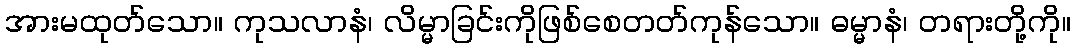
အားမထုတ်သော။ ကုသလာနံ၊ လိမ္မာခြင်းကိုဖြစ်စေတတ်ကုန်သော။ ဓမ္မာနံ၊ တရားတို့ကို။